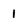
Character: 1